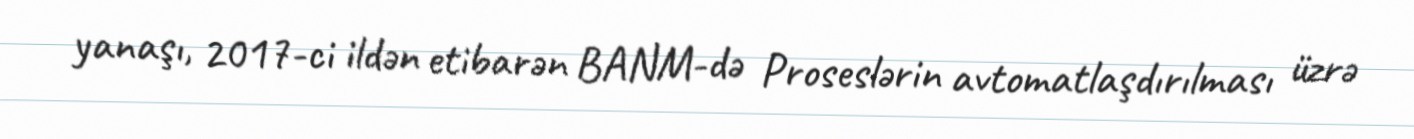
yanaşı, 2017-ci ildən etibarən BANM-də Proseslərin avtomatlaşdırılması üzrə